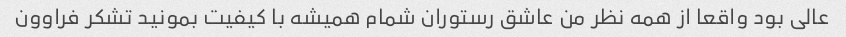
عالی بود واقعا از همه نظر من عاشق رستوران شمام همیشه با کیفیت بمونید تشکر فراوون